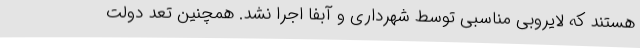
هستند که لایروبی مناسبی توسط شهرداری و آبفا اجرا نشد. همچنین تعد دولت